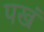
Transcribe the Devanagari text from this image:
पखं